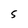
Character: S